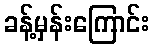
ခန့်မှန်းကြောင်း